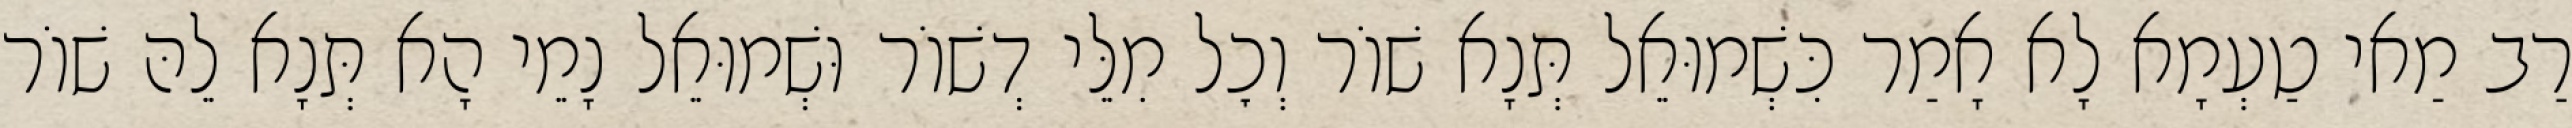
רַב מַאי טַעְמָא לָא אָמַר כִּשְׁמוּאֵל תְּנָא שׁוֹר וְכׇל מִלֵּי דְשׁוֹר וּשְׁמוּאֵל נָמֵי הָא תְּנָא לֵהּ שׁוֹר